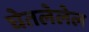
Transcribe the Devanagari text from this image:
घेतलेलेल